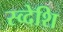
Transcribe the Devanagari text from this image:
स्व्देशि